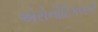
એરોનોટિકલની